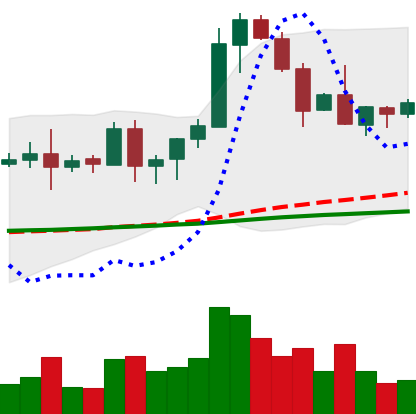
Ticker: EOS-USD
Chart end date: 2020-08-24
Forward return: -7.45%
Label: down_7plus